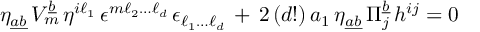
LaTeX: \eta _ { \underline { { { a b } } } } \, V _ { m } ^ { \underline { { { b } } } } \, \eta ^ { i \ell _ { 1 } } \, \epsilon ^ { m \ell _ { 2 } \dots \ell _ { d } } \, \epsilon _ { \ell _ { 1 } \dots \ell _ { d } } \, + \, 2 \, ( d ! ) \, a _ { 1 } \, \eta _ { \underline { { { a b } } } } \, \Pi _ { j } ^ { \underline { { { b } } } } \, h ^ { i j } = 0